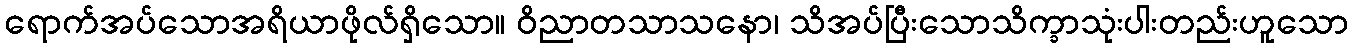
ရောက်အပ်သောအရိယာဖိုလ်ရှိသော။ ဝိညာတသာသနော၊ သိအပ်ပြီးသောသိက္ခာသုံးပါးတည်းဟူသော